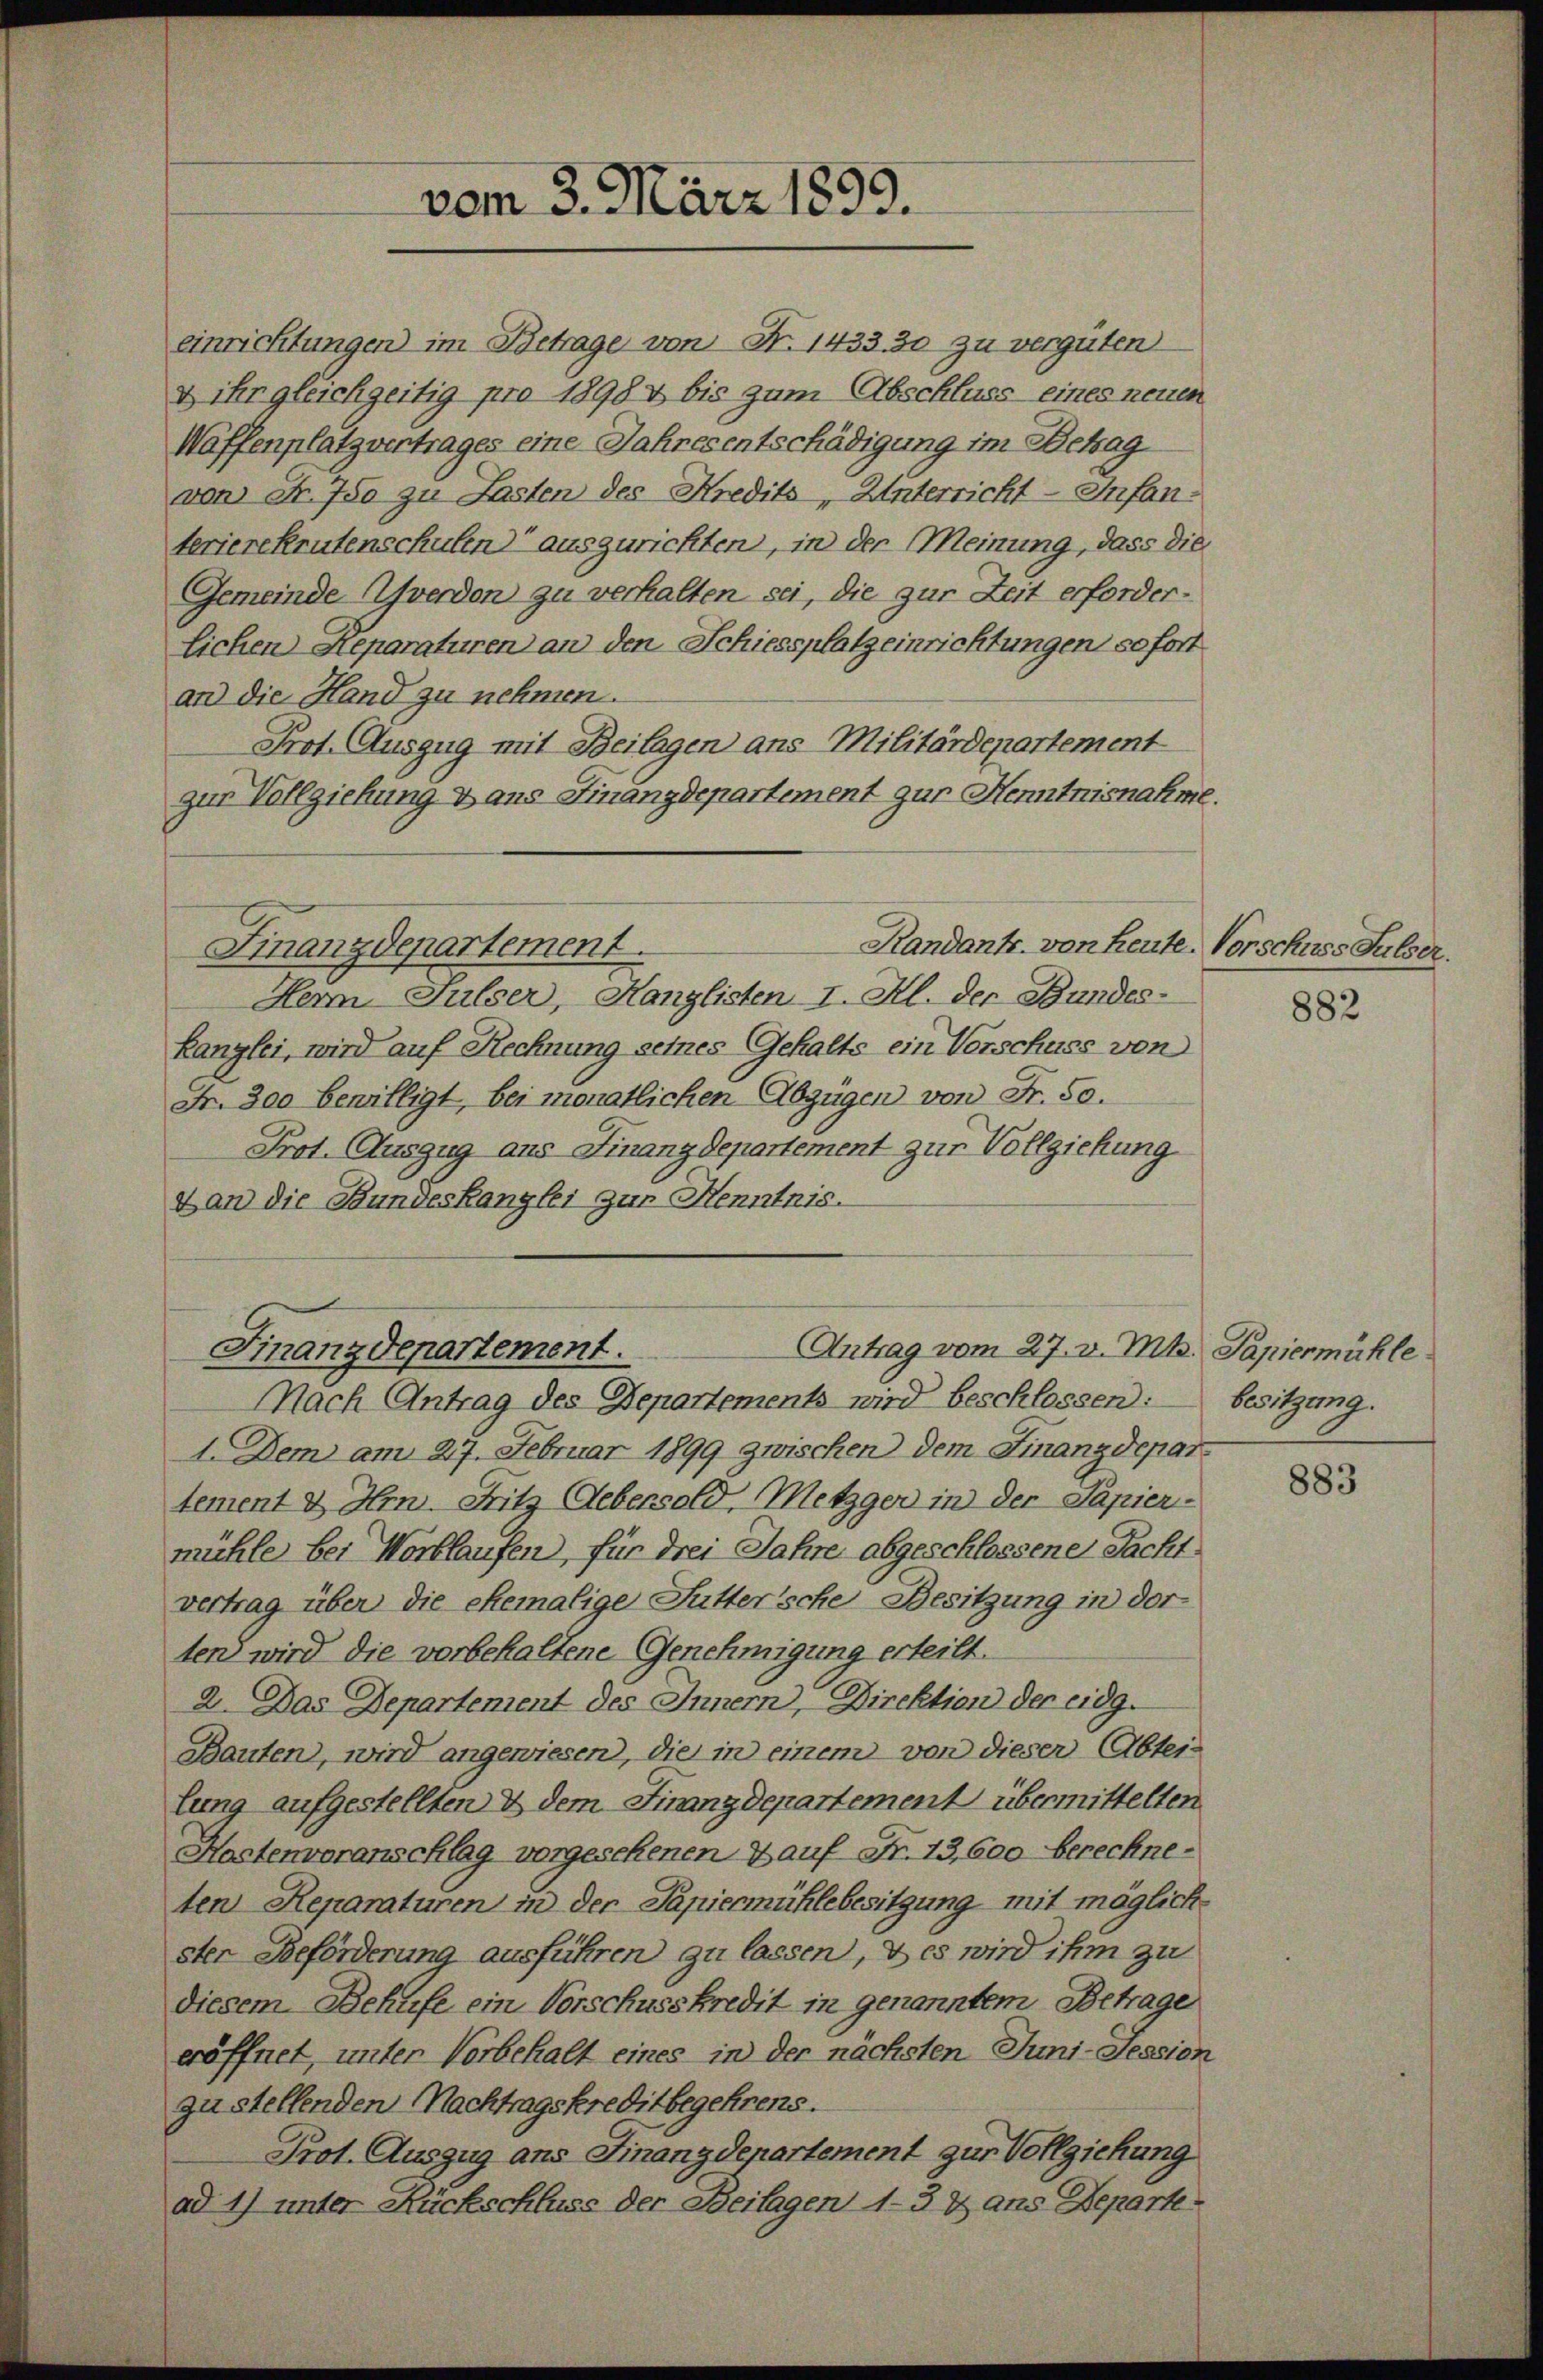
einrichtungen) im Betrage von Nr. 1433, 30 zu vergüten
& ihr gleichzeitig pro 1898 & bis zum Abschluss eines neuen
Waffenplatzvertrages eine Jahresentschädigung im Betrag
von Fr. 750 zu Lasten des Kredits, Unterricht-Infanterierekrutenschulen“ auszurichten, in der Meinung, dass die
Gemeinde Averden zu verhalten sei, die zur Zeit erforderlichen Reparaturen an den Schiessplatzeinrichtungen sofort
an die Hand zu nehmen.
Prot. Auszug mit Beilagen ans Militärdepartement
zur Vollziehung & aus Finanzdepartement zur Henntnisnahme.
Randants. von heute. Vorschuss Sulser.
Finanzdepartement.
Herm Pulser, Hanglisten I. Al. der Bundes-
kanzlei, wird auf Rechnung seines Gehalts ein Vorschuss von
Fr. 300 bewilligt, bei monatlichen Abzügen von Fr. 50.
Prot. Auszug aus Finanzdepartement zur Vollziehung
Lan die Bundeskanzlei zur Kenntnis.

vom 3. März 1899.

Finanzdepartement.
Antrag vom 27. v. Mts. Papiermühle.

Nach Antrag des Departements wird beschlossen:
1. Dem am 27. Februar 1899 zwischen dem Finanzdepartement & Hrn. Fritz Uebersold, Metzger in der Papier-
mühle bei Wortlaufen, für drei Jahre abgeschlossene Pacht
vertrag über die ehemalige Futter’sche Besitzung in der
ten wird die vorbehaltene Genehmigung erteilt.
2. Das Departement des Innern, Direktion der eidg.
Bauten, wird angewiesen, die in einem von dieser Abtei-
lung aufgestellten & dem Finanzdepartement übermittelten
Mostenvoranschlag vorgesehenen Lauf Fr. 13,600 berechneten Reparaturen in der Papiermühlebesitzung mit möglich
ster Beförderung ausführen zu lassen, & es wird ihm zu
diesem Behufe ein Vorschusskredit in genanntem Betrage
eröffnet, unter Vorbehalt eines in der nächsten Juni-Jession
zu stellenden Nachtragskreditbegehrens.
Prot. Auszug aus Finanzdepartement zur Vollziehung
ad 1) unter Rückschluss der Beilagen 1-3 & ans Departe

882

besitzung.

883